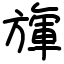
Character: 㫎